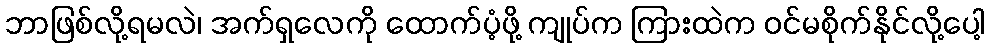
ဘာဖြစ်လို့ရမလဲ၊ အက်ရှလေကို ထောက်ပံ့ဖို့ ကျုပ်က ကြားထဲက ဝင်မစိုက်နိုင်လို့ပေါ့